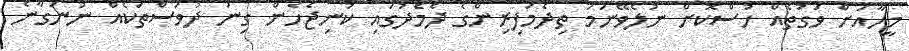
މީހާއަށް ވަގުތެއް ހުސްކޮށް ނުލެވޭނަމަ ތިދެމަފިރިންގެ ދެމެދުގައި ކުނިޖެހެން ގިނަ ދުވަސްތަކެއް ނުނަގާނެ